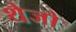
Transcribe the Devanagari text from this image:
थेजो